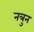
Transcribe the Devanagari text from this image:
नत्रुन